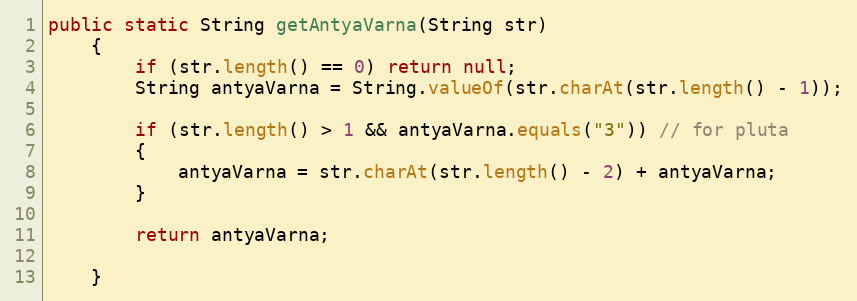
Language: Java
public static String getAntyaVarna(String str)
    {
        if (str.length() == 0) return null;
        String antyaVarna = String.valueOf(str.charAt(str.length() - 1));

        if (str.length() > 1 && antyaVarna.equals("3")) // for pluta
        {
            antyaVarna = str.charAt(str.length() - 2) + antyaVarna;
        }

        return antyaVarna;

    }